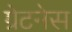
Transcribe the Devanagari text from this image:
ग्रेटनेस